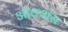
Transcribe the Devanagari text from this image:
ऑक्शंस